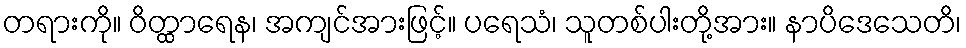
တရားကို။ ဝိတ္ထာရေန၊ အကျင်အားဖြင့်။ ပရေသံ၊ သူတစ်ပါးတို့အား။ နာပိဒေသေတိ၊